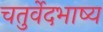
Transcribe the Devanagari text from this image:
चतुर्वेदभाष्य